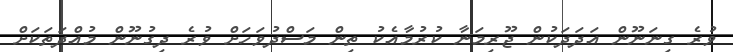
ވުރެ ގިނަނޫން އަދަދަކުން ޖޫރިމަނާ ކުރުމާއެކު ތިން މަސްދުވަހަށް ވުރެ ދިގުނޫން މުއްދަތަކަށް